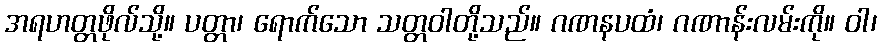
အရဟတ္တဖိုလ်သို့။ ပတ္တာ၊ ရောက်သော သတ္တဝါတို့သည်။ ဂဏနပထံ၊ ဂဏာန်းလမ်းကို။ ဝါ၊